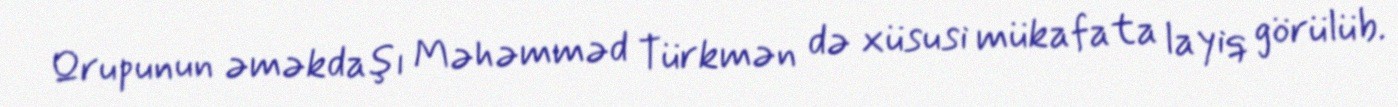
Qrupunun əməkdaşı Məhəmməd Türkmən də xüsusi mükafata layiq görülüb.